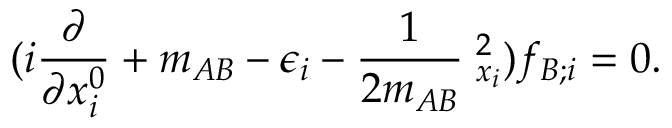
( i \frac { \partial } { \partial x _ { i } ^ { 0 } } + m _ { A B } - \epsilon _ { i } - \frac { 1 } { 2 m _ { A B } } { \bf \nabla } _ { x _ { i } } ^ { 2 } ) f _ { B ; i } = 0 .